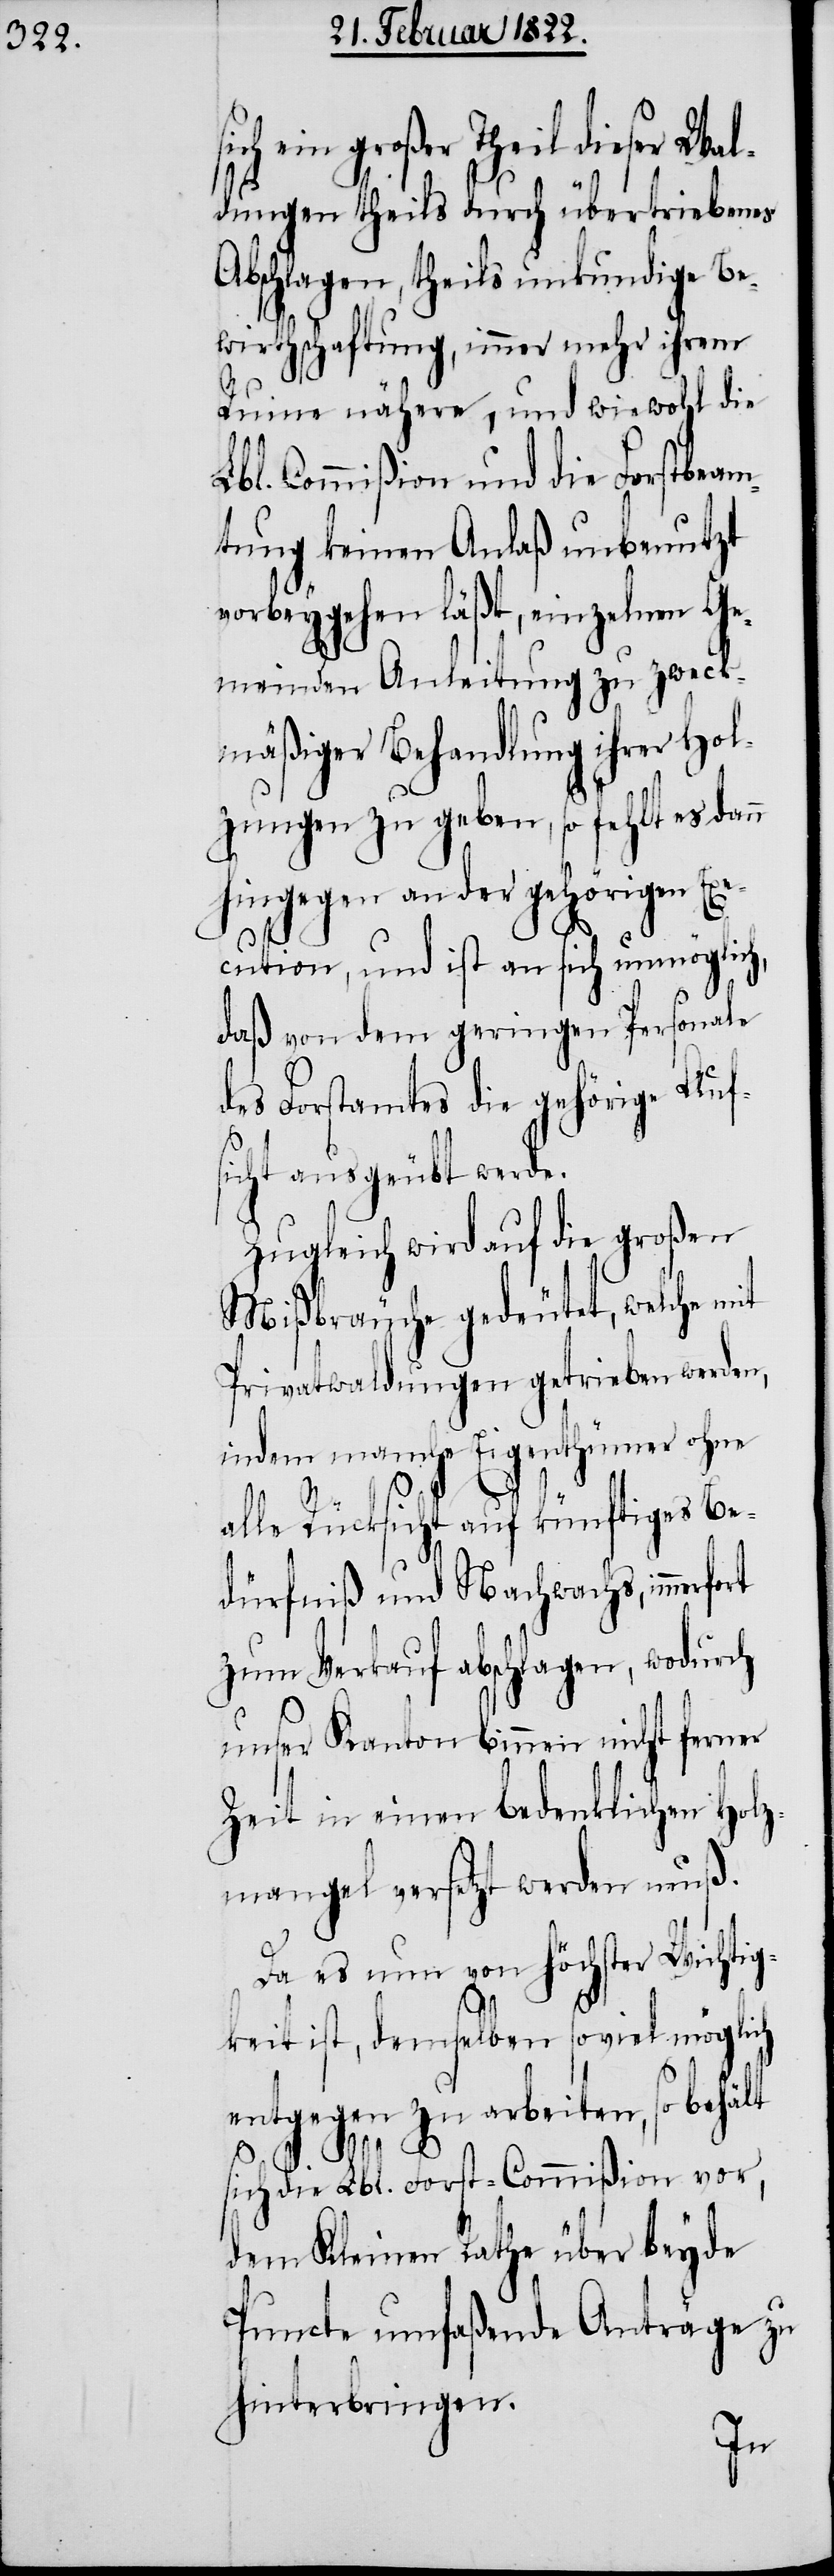
ein großer Theil dieser Wal¬
dungen theils durch übertriebenes
Abschlagen, theils unkundige Be¬
wirthschaftung, immer mehr ihrem
Ruine nähere, und wiewohl die
Lbl. Commißion und die Forstbeam¬
tung keinen Anlaß unbenutzt
vorbeygehen läßt, einzelnen Ge¬
meinden Anleitung zu zweck¬
mäßiger Behandlung ihrer Hol¬
zungen zu geben, so fehlt es dann
hingegen an der gehörigen Exe¬
cution, und ist an sich unmöglich,
daß von dem geringen Personale
des Forstamtes die gehörige Aufs¬
icht ausgeübt werde.
Zugleich wird auf die großen
Mißbräuche gedeutet, welche
Privatwaldungen getrieben werden,
indem manche Eigenthümer ohne
alle Rücksicht auf künftiges Be¬
dürfniß und Nachwachs, immerf¬
zum Verkauf abschlagen, wodurch
unser Kanton binnen nicht ferner
Zeit in einen bedenklichen Holz¬
mangel versetzt werden muß.
Da es nun von höchster Wichtig¬
keit ist, demselben so viel mögli¬
entgegen zu arbeiten, so behält
ch
sich die Lbl. Forst-Commißion vor,
dem Kleinen Rathe über beyde
Puncte umfaßende Anträge zu
hinterbringen.
ort